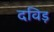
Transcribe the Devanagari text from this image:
दविड़